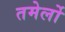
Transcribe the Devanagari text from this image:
तमेर्लो